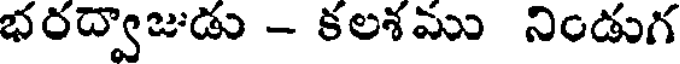
భరద్వాజుడు - కలశము నిండుగ